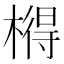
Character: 𣘱